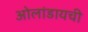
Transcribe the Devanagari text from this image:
ओलांडायची